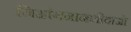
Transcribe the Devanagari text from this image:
जिआंगनानशीदाओ